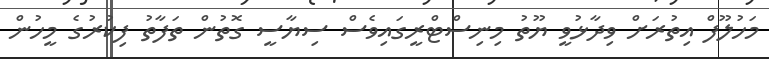
މަހުލޫފް އިތުރަށް ވިދާޅުވީ ޔޫތު މިނިސްޓްރީގައިވެސް ސިޔާސީ ގޮތުން ތަފާތު ފިކުރުގެ މީހުން